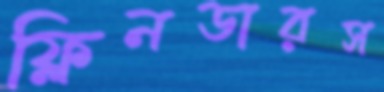
ফ্লিনডারস